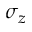
\sigma _ { z }